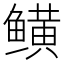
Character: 𬶫